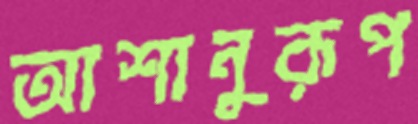
আশানুরূপ